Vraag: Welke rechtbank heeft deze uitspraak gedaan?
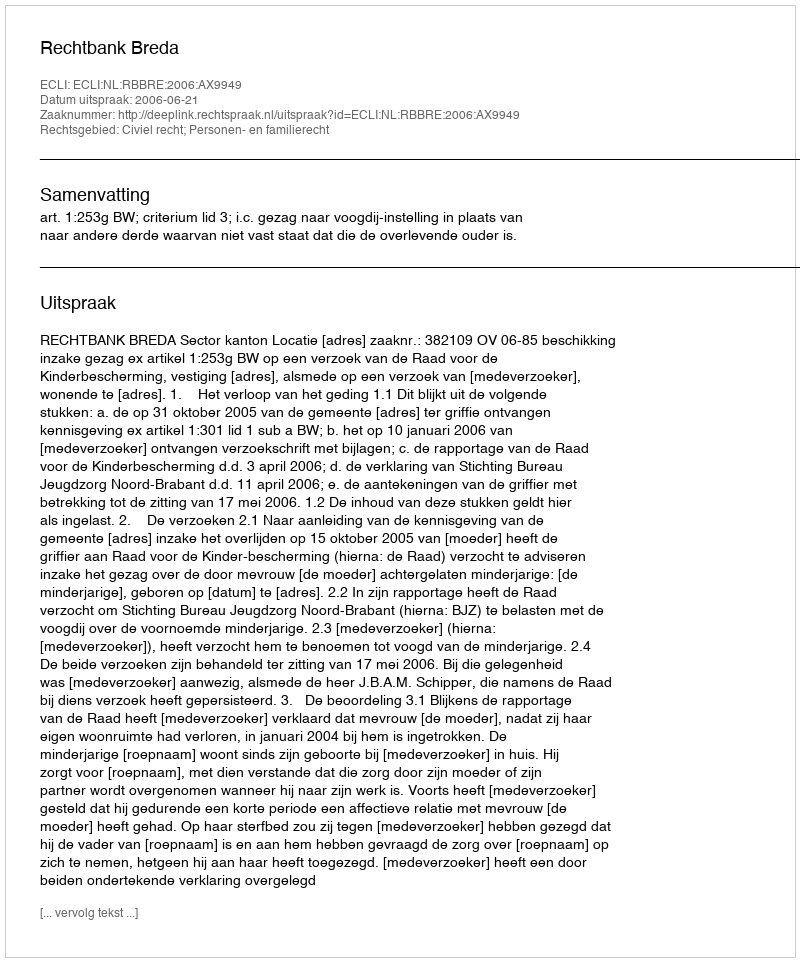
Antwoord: Rechtbank Breda